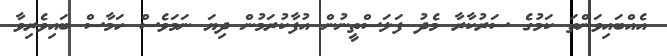
އެއްބައިވަންތަ ކަމުގެ ސަރުކާރާ މެދު ފަލަސްތީނުން އުފާކުރަމުން ދިޔަ ނަމަވެސް ހަމާސް ބައިވެރިވާ